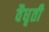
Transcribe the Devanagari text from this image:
वैधृती